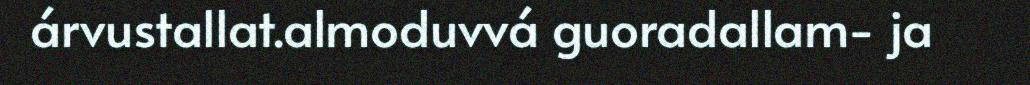
árvustallat.almoduvvá guoradallam- ja